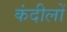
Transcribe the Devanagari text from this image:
कंदीलों